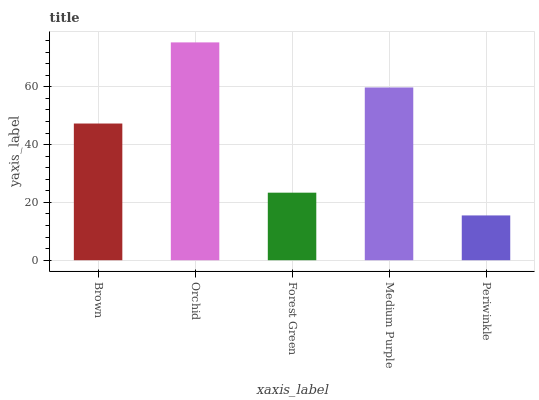
| xaxis_label | bars |
 | --- | --- |
 | Brown | 47.3 |
 | Orchid | 75.3 |
 | Forest Green | 23.4 |
 | Medium Purple | 59.7 |
 | Periwinkle | 15.5 |